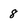
Character: 8